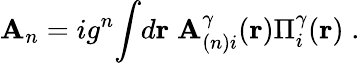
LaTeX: {\cal\mathbf{A}}_{n}=ig^{n}{\int}d{\mathbf{r}}\; {\cal{\mathbf{A}}}_{(n)i}^{\gamma}({\mathbf{{r}}})\Pi_{i}^{\gamma}({\mathbf{{r}}})\; .